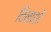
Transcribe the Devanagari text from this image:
विनाशों